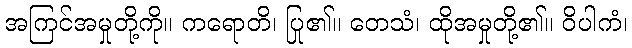
အကြင်အမှုတို့ကို။ ကရောတိ၊ ပြု၏။ တေသံ၊ ထိုအမှုတို့၏။ ဝိပါကံ၊